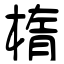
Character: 楕